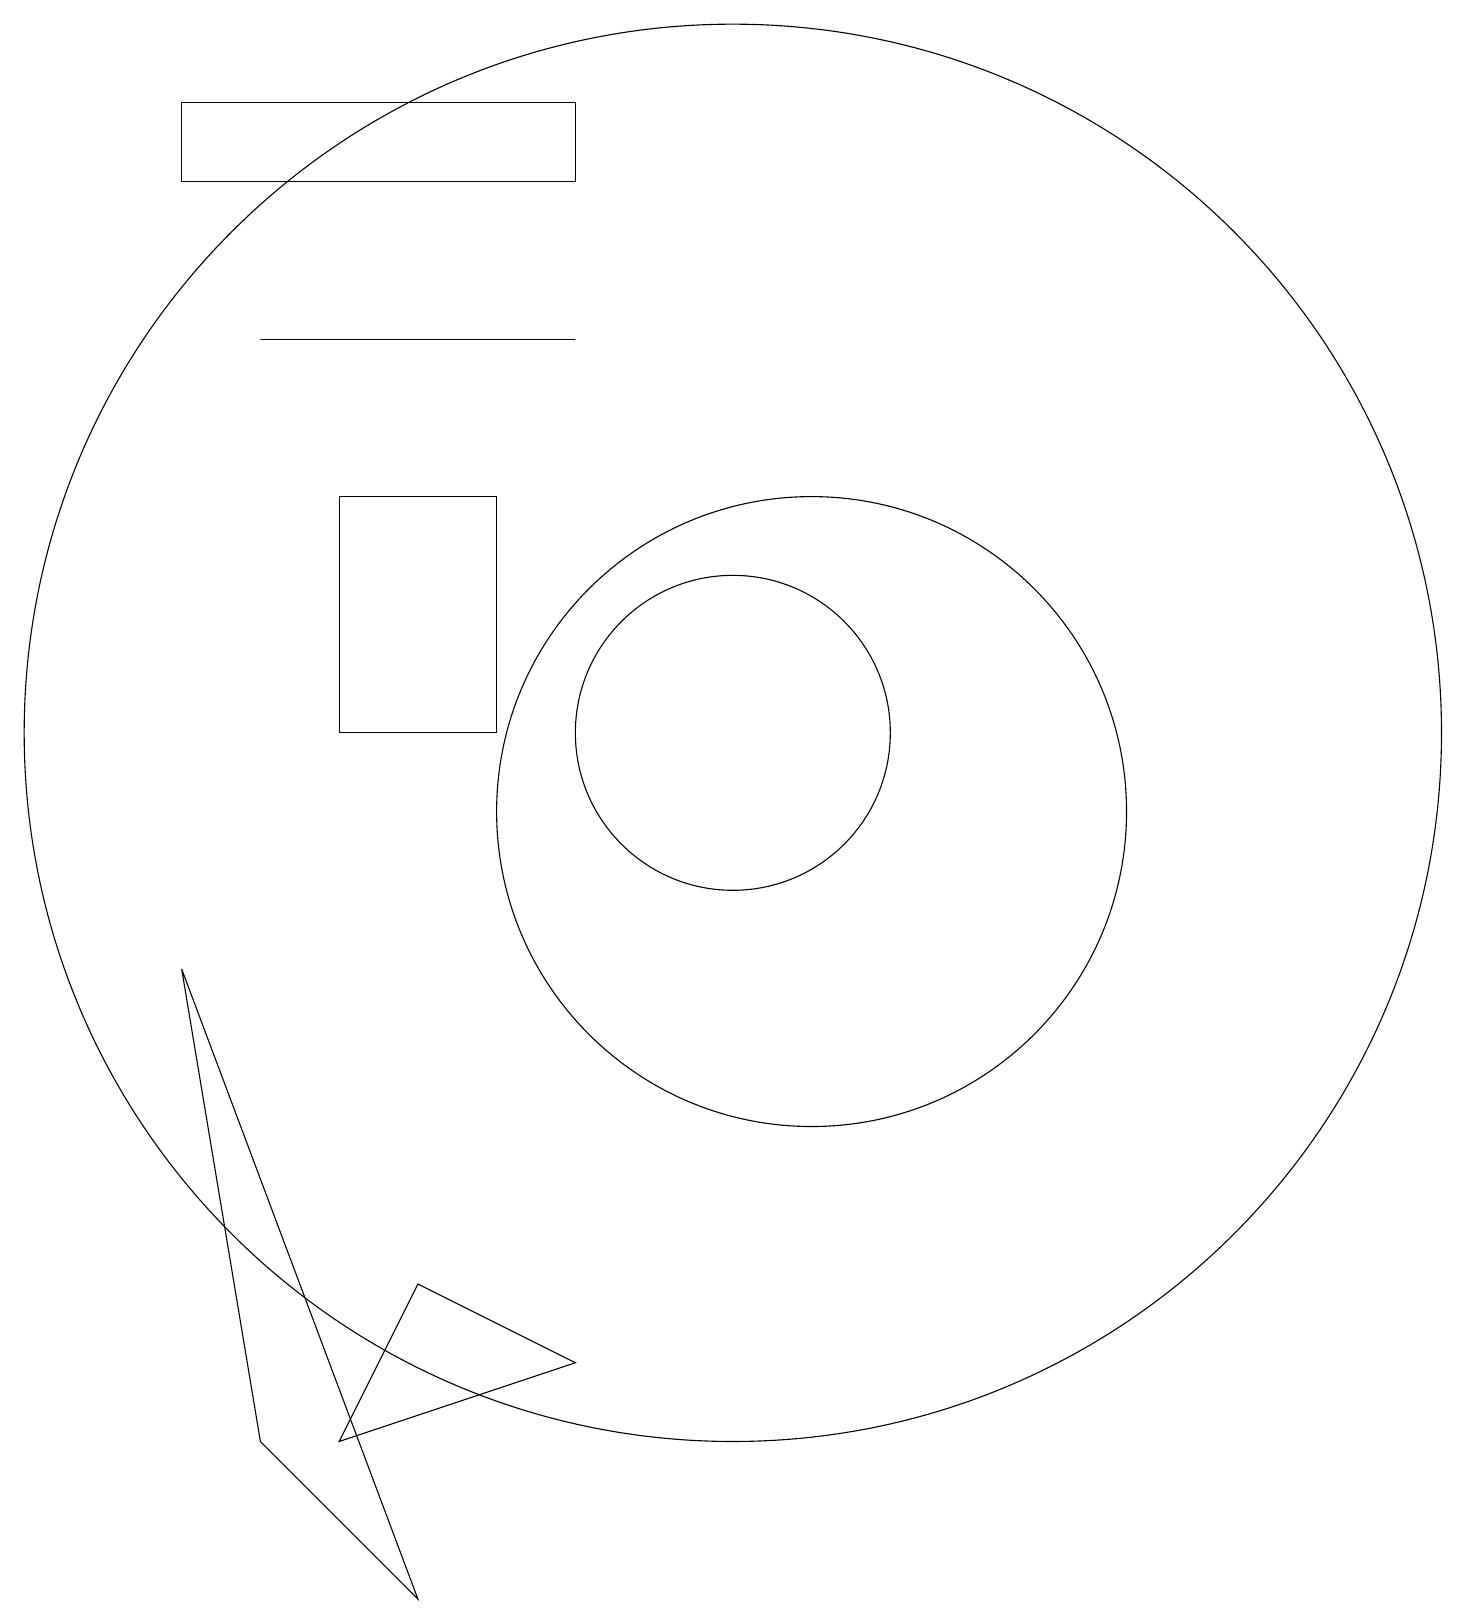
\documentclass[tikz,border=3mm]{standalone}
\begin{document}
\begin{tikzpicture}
\draw (10,11) circle (2);
\draw (5,11) rectangle (7,14);
\draw (8,16) rectangle (4,16);
\draw (8,3) -- (6,4) -- (5,2) -- cycle;
\draw (6,0) -- (3,8) -- (4,2) -- cycle;
\draw (11,10) circle (4);
\draw (8,19) rectangle (3,18);
\draw (10,11) circle (9);
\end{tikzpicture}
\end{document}